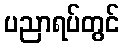
ပညာရပ်တွင်